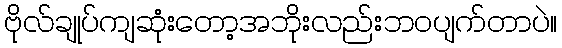
ဗိုလ်ချုပ်ကျဆုံးတော့အဘိုးလည်းဘဝပျက်တာပဲ။